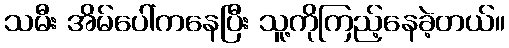
သမီး အိမ်ပေါ်ကနေပြီး သူ့ကိုကြည့်နေခဲ့တယ်။